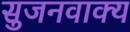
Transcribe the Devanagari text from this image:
सुजनवाक्य